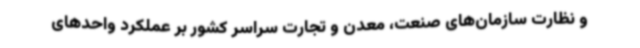
و نظارت سازمان‌های صنعت، معدن و تجارت سراسر کشور بر عملکرد واحدهای